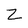
Character: Z